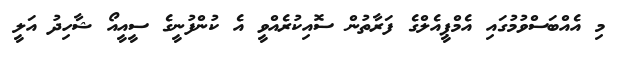
މި އެއްބަސްވުމުގައި އެމްޕީއެލްގެ ފަރާތުން ސޮއިކުރެއްވީ އެ ކުންފުނީގެ ސީއީއޯ ޝާހިދު އަލީ